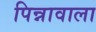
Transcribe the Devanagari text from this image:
पिन्नावाला